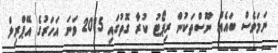
ނަމަވެސް ބައެއް ނޫސްތަކުން ރިޕޯޓު ކުރާ ގޮތުގައި 2015 ވަނަ އަހަރުގެ އޭޕްރިލް